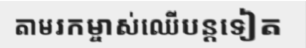
តាមរកម្ចាស់ឈើបន្តទៀត